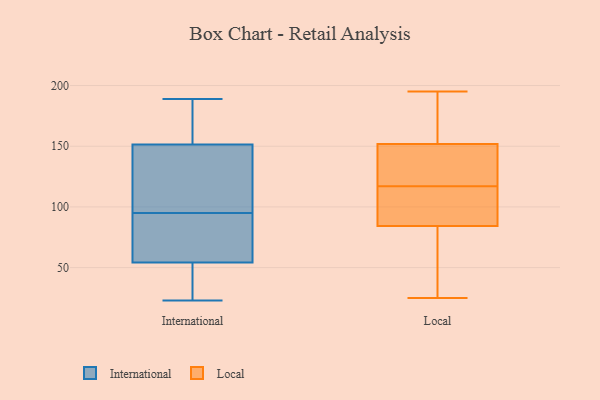
{"axis": {"x": "Energy Usage (MWh)", "y": "Value"}, "legend": ["International", "Local"], "data": [{"x": "", "y": 117, "type": "International"}, {"x": "", "y": 169, "type": "International"}, {"x": "", "y": 153, "type": "International"}, {"x": "", "y": 66, "type": "International"}, {"x": "", "y": 95, "type": "International"}, {"x": "", "y": 52, "type": "International"}, {"x": "", "y": 34, "type": "International"}, {"x": "", "y": 104, "type": "International"}, {"x": "", "y": 151, "type": "International"}, {"x": "", "y": 62, "type": "International"}, {"x": "", "y": 23, "type": "International"}, {"x": "", "y": 59, "type": "International"}, {"x": "", "y": 188, "type": "International"}, {"x": "", "y": 55, "type": "International"}, {"x": "", "y": 189, "type": "International"}, {"x": "", "y": 46, "type": "International"}, {"x": "", "y": 112, "type": "International"}, {"x": "", "y": 195, "type": "Local"}, {"x": "", "y": 144, "type": "Local"}, {"x": "", "y": 116, "type": "Local"}, {"x": "", "y": 144, "type": "Local"}, {"x": "", "y": 190, "type": "Local"}, {"x": "", "y": 175, "type": "Local"}, {"x": "", "y": 25, "type": "Local"}, {"x": "", "y": 27, "type": "Local"}, {"x": "", "y": 135, "type": "Local"}, {"x": "", "y": 64, "type": "Local"}, {"x": "", "y": 117, "type": "Local"}, {"x": "", "y": 91, "type": "Local"}, {"x": "", "y": 93, "type": "Local"}]}